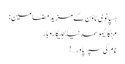
ہسپانوی ٹاؤن کے مزید مضامین :
مہنگائیموسمدنیابجلیکاروبار
نام کی سپر پاور…!